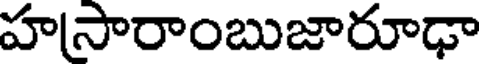
హసారాంబుజారూఢా